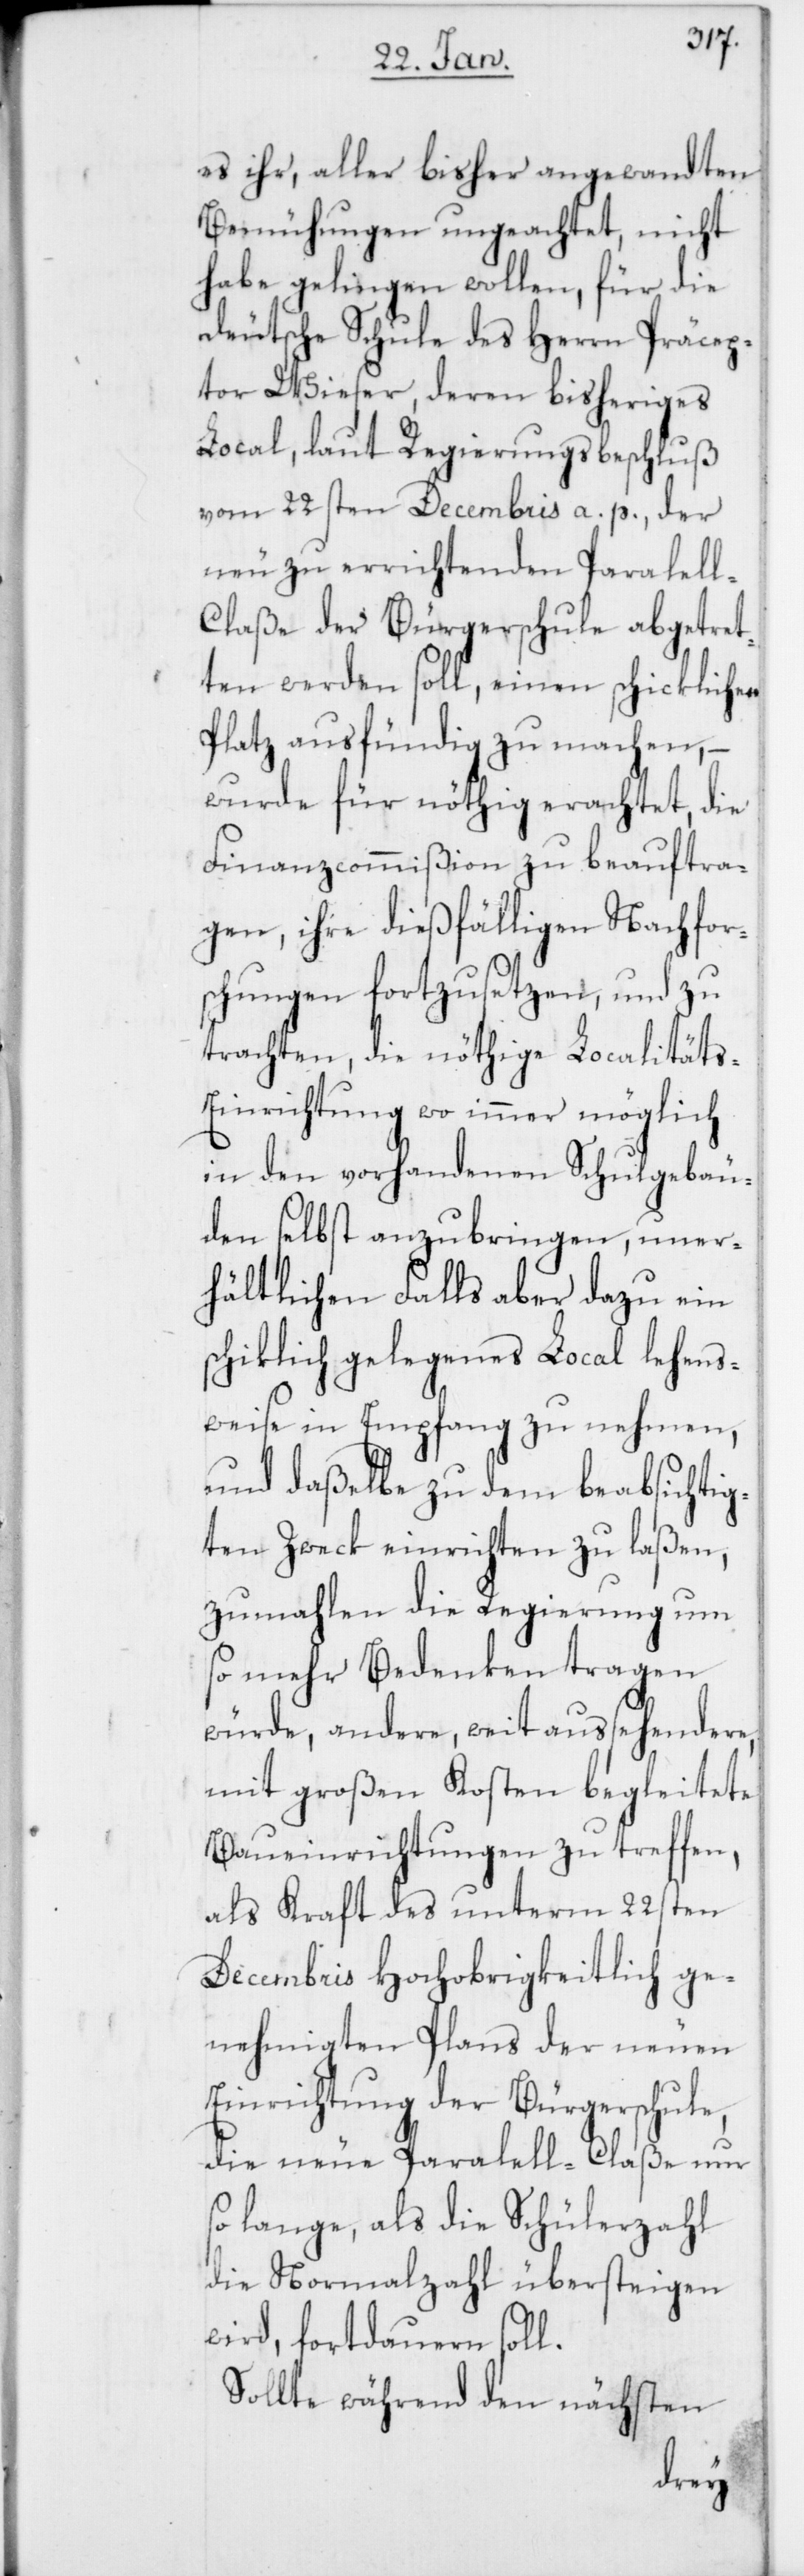
es ihr, aller bisher angewandten
Bemühungen ungeachtet, nicht
habe gelingen wollen, für die
deutsche Schule des Herren Präcep¬
tor Wieser, deren bisheriges
Local, laut Regierungsbeschluß
vom 22sten Decembris a. p. der
neu zu errichtenden Paralle¬
l-Claße der Bürgerschule abgetret¬
ten werden soll, einen schicklichen
Platz ausfündig zu machen, –
wurde für nöthig erachtet, die
Finanzcommißion zu beauftra¬
gen, ihre dießfälligen Nachfor¬
schungen fortzusetzen, und zu
trachten, die nöthige Localitäts-E¬
inrichtung wo immer möglich
in den vorhandenen Schulgebäu¬
den selbst anzubringen, uner¬
hältlichen Falls aber dazu ein
schicklich gelegenes Local lehens¬
weise in Empfang zu nehmen,
und daßelbe zu dem beabsichtig¬
ten Zweck einrichten zu laßen,
zumahlen die Regierung um
so mehr Bedenken tragen
würde, andere, weit aussehendere,
mit großen Kosten begleitete
Baueinrichtungen zu treffen,
als Kraft des unterm 22sten
Decembris Hochobrigkeitlich ge¬
nehmigten Plans der neuen
Einrichtung der Bürgerschule,
die neue Parallel-Claße nur
so lange, als die Schülerzahl
die Normalzahl übersteigen
wird, fortdauern soll.
Sollte während den nächsten